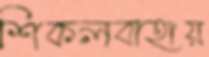
শিকলবাহায়